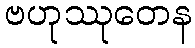
ဗဟုဿုတေန